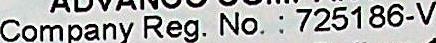
COMPANY REG. NO. : 725186-V